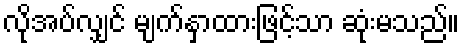
လိုအပ်လျှင် မျက်နှာထားဖြင့်သာ ဆုံးမသည်။